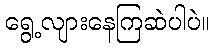
ရွေ့လျားနေကြဆဲပါပဲ။